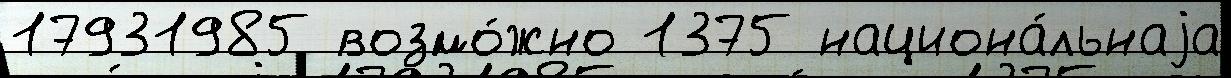
17931985 возмо́жно 1375 национа́льнаjа